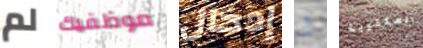
لم موظفيك إدخال أنا المكتوبة